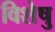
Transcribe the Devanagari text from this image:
विशेषु